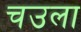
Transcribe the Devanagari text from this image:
चउला